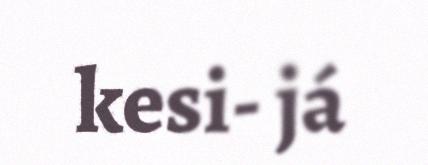
kesi- já